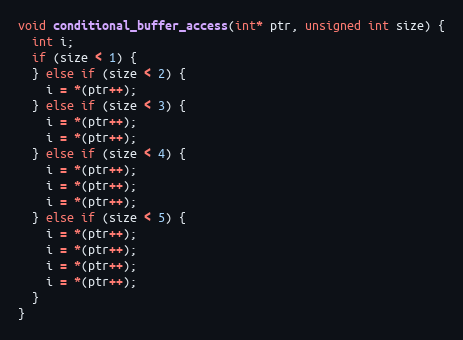
Language: C++
void conditional_buffer_access(int* ptr, unsigned int size) {
  int i;
  if (size < 1) {
  } else if (size < 2) {
    i = *(ptr++);
  } else if (size < 3) {
    i = *(ptr++);
    i = *(ptr++);
  } else if (size < 4) {
    i = *(ptr++);
    i = *(ptr++);
    i = *(ptr++);
  } else if (size < 5) {
    i = *(ptr++);
    i = *(ptr++);
    i = *(ptr++);
    i = *(ptr++);
  }
}